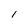
Character: l